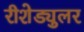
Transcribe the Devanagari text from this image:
रीशेड्युलर